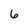
Character: 6